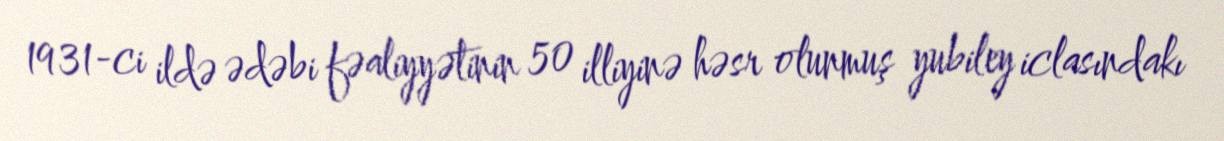
1931-ci ildə ədəbi fəaliyyətinin 50 illiyinə həsr olunmuş yubiley iclasındakı